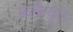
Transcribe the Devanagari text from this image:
कर्कवृत